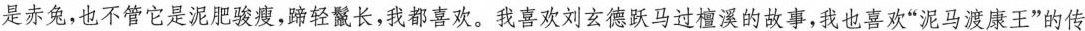
是赤免，也不管它是泥肥骏瘦,轻繁长,我都喜欢。我喜欢刘玄德跃马过檀溪的故事,我也喜欢“泥马渡康王”的传